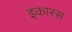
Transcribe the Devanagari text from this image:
इकारस